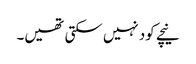
نیچے کود نہیں سکتی تھیں۔